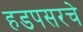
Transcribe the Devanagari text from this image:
हडपसरचे